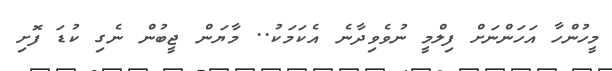
މީހުންހާ އަހަންނަށް ފިލްމީ ނުވެވިދާނެ އެކަމަކު.. މާޔަން ޖީބުން ނެގި ކުޑަ ފޮށި